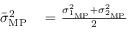
\begin{array} { r l } { \bar { \sigma } _ { \mathrm { M P } } ^ { 2 } } & { { } = \frac { \sigma _ { 1 _ { \mathrm { M P } } } ^ { 2 } + \sigma _ { 2 _ { \mathrm { M P } } } ^ { 2 } } { 2 } } \end{array}